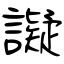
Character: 譺